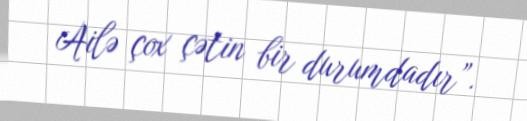
Ailə çox çətin bir durumdadır”.